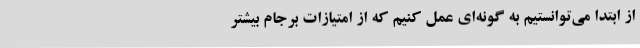
از ابتدا می‌توانستیم به گونه‌ای عمل کنیم که از امتیازات برجام بیشتر